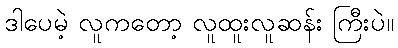
ဒါပေမဲ့ လူကတော့ လူထူးလူဆန်း ကြီးပဲ။